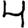
Digit: 4